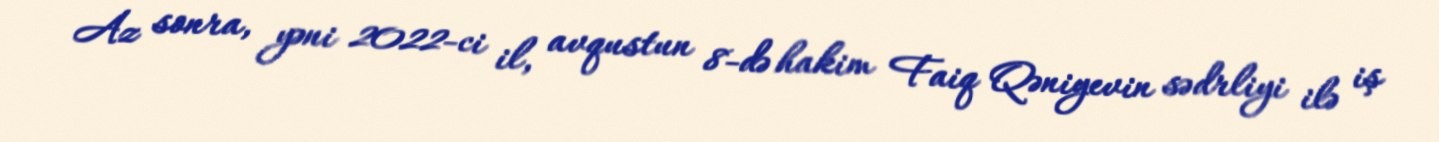
Az sonra, yəni 2022-ci il, avqustun 8-də hakim Faiq Qəniyevin sədrliyi ilə iş